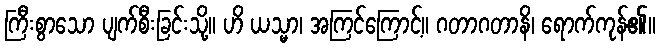
ကြီးစွာသော ပျက်စီးခြင်းသို့။ ဟိ ယသ္မာ၊ အကြင်ကြောင့်။ ဂတာဂတာနိ၊ ရောက်ကုန်၏။